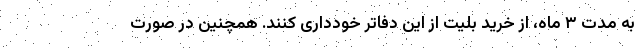
به مدت ۳ ماه، از خرید بلیت از این دفاتر خودداری کنند. همچنین در صورت